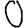
Digit: 0